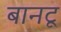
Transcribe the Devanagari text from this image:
बानटू